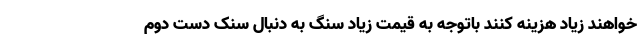
خواهند زیاد هزینه کنند باتوجه به قیمت زیاد سنگ به دنبال سنک دست دوم